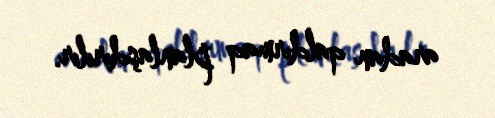
aradan qaldırmaq planlaşdırılır.